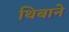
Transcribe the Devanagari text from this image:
थिबाने